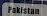
pakistan